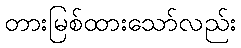
တားမြစ်ထားသော်လည်း